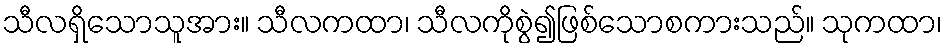
သီလရှိသောသူအား။ သီလကထာ၊ သီလကိုစွဲ၍ဖြစ်သောစကားသည်။ သုကထာ၊